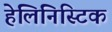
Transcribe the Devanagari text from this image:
हेलिनिस्टिक